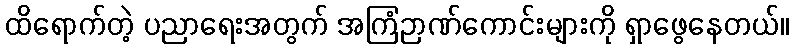
ထိရောက်တဲ့ ပညာရေးအတွက် အကြံဉာဏ်ကောင်းများကို ရှာဖွေနေတယ်။